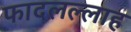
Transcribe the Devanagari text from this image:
फादलल्लाह